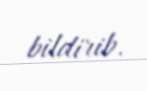
bildirib.